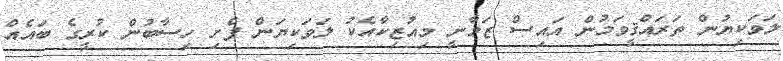
ލަވަކިޔުން ތަރައްޤީވަމުން އައިސް ޒަމާނީ މިއުޒިކާއެކު ލަވަކިޔަން ފެށި ހިސާބުން ކުރީގެ ބައެއް